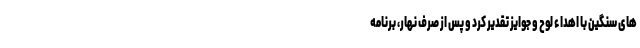
های سنگین با اهداء لوح و جوایز تقدیر کرد و پس از صرف نهار، برنامه